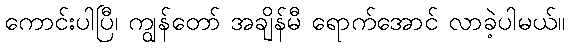
ကောင်းပါပြီ၊ ကျွန်တော် အချိန်မီ ရောက်အောင် လာခဲ့ပါမယ်။